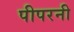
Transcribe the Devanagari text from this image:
पीपरनी